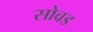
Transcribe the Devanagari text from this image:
सोवड